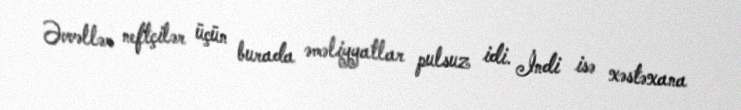
Əvvəllər neftçilər üçün burada əməliyyatlar pulsuz idi. İndi isə xəstəxana